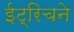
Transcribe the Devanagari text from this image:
ईट्रिचने